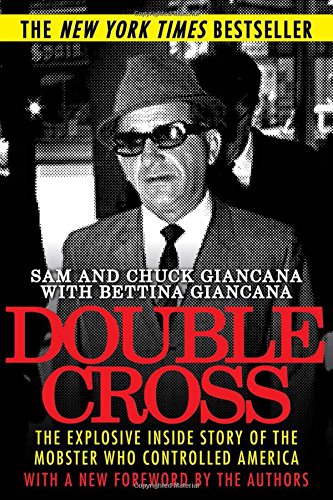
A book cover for Double Cross: The Explosive Inside Story of the Mobster Who Controlled America; Sam Giancana; Biographies & Memoirs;